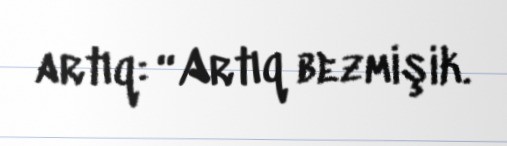
artıq: “Artıq bezmişik.